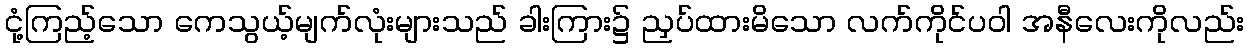
ငုံ့ကြည့်သော ကေသွယ့်မျက်လုံးများသည် ခါးကြား၌ ညှပ်ထားမိသော လက်ကိုင်ပဝါ အနီလေးကိုလည်း